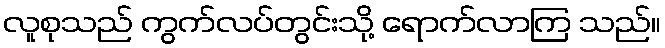
လူစုသည် ကွက်လပ်တွင်းသို့ ရောက်လာကြ သည်။